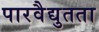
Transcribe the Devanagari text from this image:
पारवैद्युतता